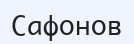
Сафонов